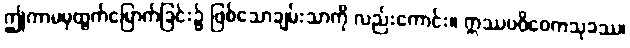
ဤကာမမှထွက်မြောက်ခြင်း၌ ဖြစ်သောချမ်းသာကို လည်းကောင်း။ ဣဿပဝိဝေကသုခဿ၊